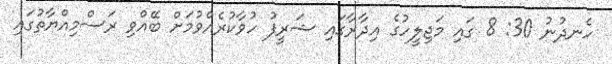
ހެނދުނު 30: 8 ގައި މަޖިލީހުގެ އިދާރާގައި ޝަރީފު ހުވާކުރެއްވުމަށް ބޭއްވި ރަސްމިއްޔާތުގައި